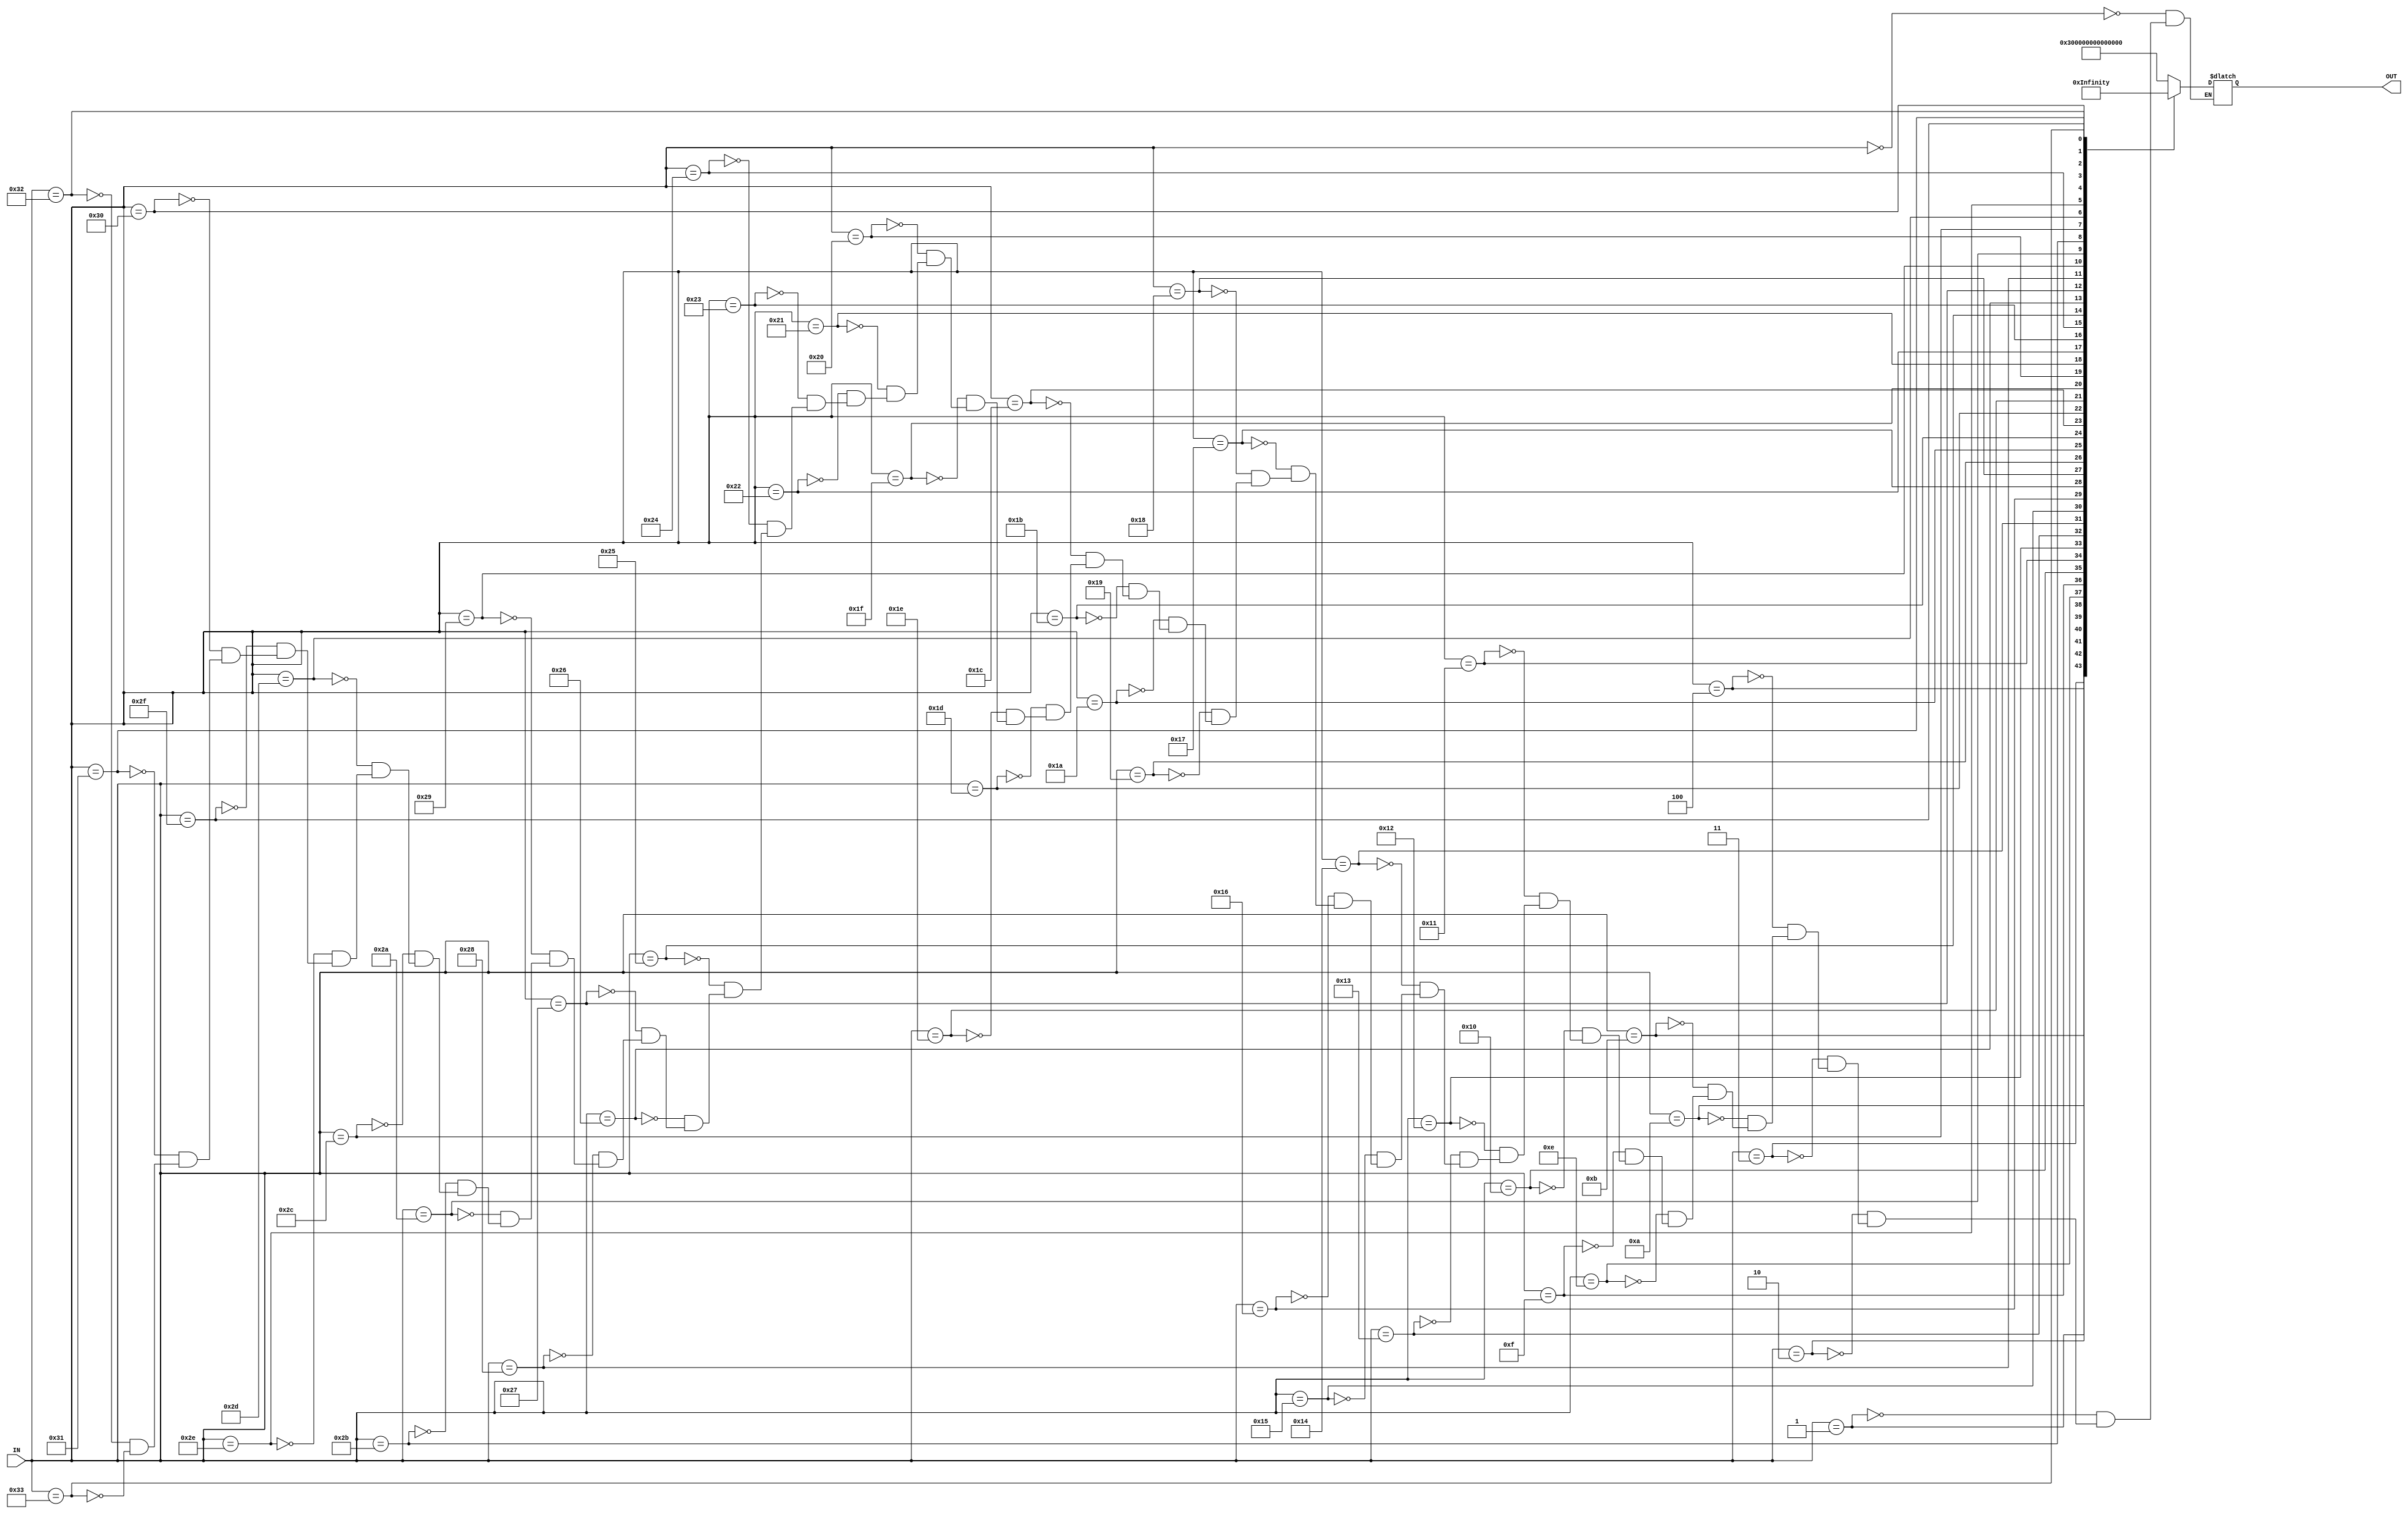

//---------------------ROM 2^8 cells of 64 bits----------------------
module rom (output reg [64:0] OUT,  input [7:0] IN);

//IN contains a codified instruction
//OUT will provde an array of all control variables needed to execute an instruction
//The format is the following:

//64 63 62 61 60 59      58-56  55 54 53-51   50-43    42-35  34  33    32   31   30     29  28  27  26  25  24  23  22  21  20  19  18  17 16  15  14  13  12  11      10  9  8    7     6      5       4       3     2   1  0
//                       N2-N0 INV MI S2-S0 CR15-CR8 CR7-CR0  MK  MJLd RFLd IRLd MARLd MDRLd R/W MOV MA1 MA0 MB2 MB1 MB0 MC2 MC1 MC0 MD1 MD0 ME OP4 OP3 OP2 OP1 OP0 SLS_EN MS2 MS1 MS0 LSM_EN LSM_IN2 LSM_IN1 LSM_IN0 MH1 MH0 MF

always @ (IN)

case(IN)

//////////////////////////////////////////////////////////////








////////////////////////////////////////////////////////////////

 8'd0: OUT = 65'b00000001100000000000000000000000000000000000000000000000000000000;
 8'd1: OUT = 65'b00000101100000000000000000000000001000010000000001000000100000000;
 8'd2: OUT = 65'b00001001100000000000000000000000100010010000010001000100100000000;
 8'd3: OUT = 65'b00001101110000000000000000001100010011000000000000000000100000000;
 8'd4: OUT = 65'b00010010010001000000000000000100000000000000000000000000000000000;
8'd10: OUT = 65'b00101001000000000000000000000101100000000010110100000000000000000;
8'd11: OUT = 65'b00101101000000000000000000000101100000000010110100000000000000000;
8'd14: OUT = 65'b00111001000000000000000000000101000000000010110100000000000000000;
8'd15: OUT = 65'b00111101000000000000000000000101000000000010110100000000000000000;
8'd16: OUT = 65'b01000010101010000111000001100100001000000010001000000000000000000;
8'd17: OUT = 65'b01000101100000000000000000000000001000000010001000000000000000000;
8'd18: OUT = 65'b01001010101010000111000001100100100000000110000001100100000000000;
8'd19: OUT = 65'b01001101100000000000000000000000001000000000000001000000000000000;
8'd20: OUT = 65'b01010010101010000111000001100100100000000010001000000000000000000;
8'd21: OUT = 65'b01010110101010000111000001100100001000000100111000000000000000000;
8'd22: OUT = 65'b01011001000000000000000001001000001000000000001000000000000000000;
8'd23: OUT = 65'b01011101100000000000000000000000001000000000000001000000000000000;
8'd24: OUT = 65'b01100010101010000111000001100100100000000000001000000000000000000;
8'd25: OUT = 65'b01100110110010000111010001110100000000000000000000000010000000011;
8'd26: OUT = 65'b01101010110000000000000001101000000101000000000010000010000000011;
8'd27: OUT = 65'b01101101000000000000000000000100100000000100110001100100000000000;
8'd28: OUT = 65'b01110001000000000000000001100100000100110000000001000000000000000;
8'd29: OUT = 65'b01110110111000000000010001110100000001000000000000000010000000011;
8'd30: OUT = 65'b01111001000000000000000010000000001000000000000001000000001001000;
8'd31: OUT = 65'b01111101100000000000000000000000001000000000001100000000001001000;
8'd32: OUT = 65'b10000010110011000000000010101000000000000000000000000000001000000;
8'd33: OUT = 65'b10000110110010000000000010001100000000000000000000000000001000000;
8'd34: OUT = 65'b10001010111010001001000010011000000001000000000000000000101000100;
8'd35: OUT = 65'b10001101000000000000000010001000000100100000000001000000001000000;
8'd36: OUT = 65'b10010010110000000000000010010000000100000000000010000000000000000;
8'd37: OUT = 65'b10010101000000000000000010011100100000000101000001100100001000000;
8'd38: OUT = 65'b10011010110000000000000010011000000000000000000000000000000000000;
8'd39: OUT = 65'b10011110110100000000000010101100001000000110001100000000001000000;
8'd40: OUT = 65'b10100010110101000000000000010000000000000000000000000000000000000;
8'd41: OUT = 65'b10100101000000000000000000010000100000000110000001100100000000000;
8'd42: OUT = 65'b10101010100100000000000010100000000000000000000000000000001000000;
8'd43: OUT = 65'b10101101000000000000000010000000000000000000000000000000000000000;
8'd44: OUT = 65'b10110001100000000000000000000010100000010000100001000000000000000;
8'd45: OUT = 65'b10110101000000000000000000000110100000010010010001010100000000000;
8'd46: OUT = 65'b10111001000000000000000001001000001000000010001000000000000000000;
8'd47: OUT = 65'b10111110101010000111000001100100001000000010001000000000000000000;
8'd48: OUT = 65'b11000001000000000000000001010000001000000000000001000000000000000;
8'd49: OUT = 65'b11000101000000000000000001001000001000000000001000000000000000000;
8'd50: OUT = 65'b11001010101010000111000001100100001000000000001000000000000000000;
8'd51: OUT = 65'b11001101000000000000000001100000001000000000000001000000000000000;

endcase //IN

endmodule //




//Duuuuuuuuuuuuuuuuuuuuuuuuuuuuuuuuureeeexxxxxxxxxxxxxxx!